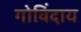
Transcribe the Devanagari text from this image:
गोविंदाय